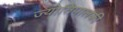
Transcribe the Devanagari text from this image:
ज्योतिपालकी